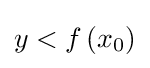
y<f\left(x_{0}\right)